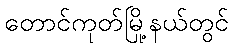
တောင်ကုတ်မြို့နယ်တွင်